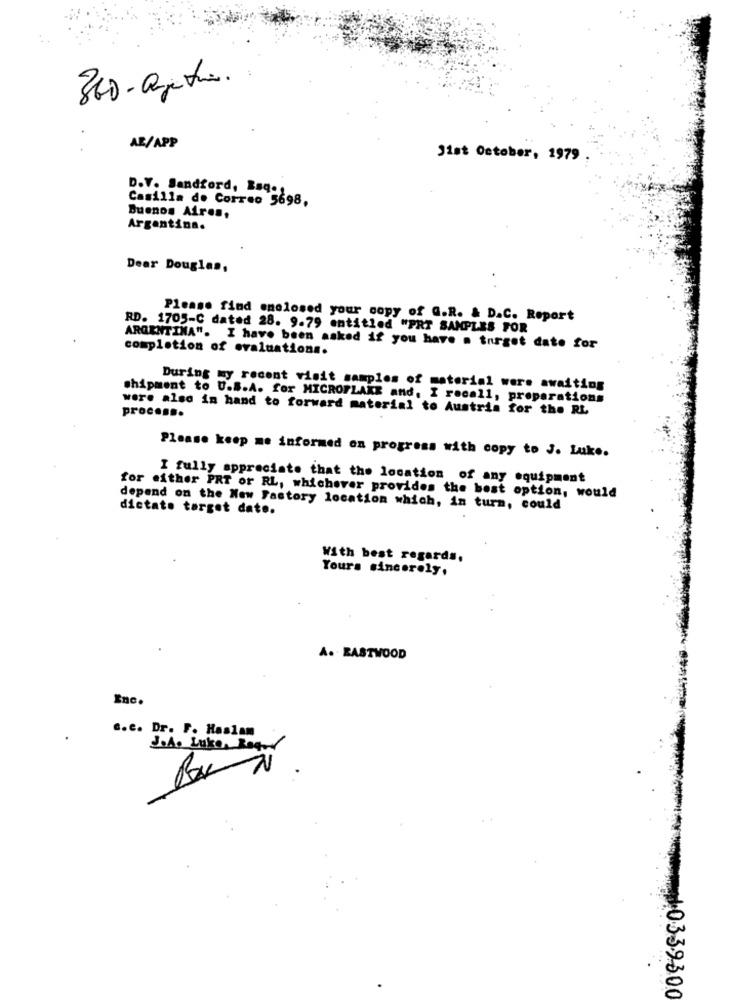
360- apetia.
AE/APP
Jist October, 1979
D.V. Sandford, Rsq.s
Casilla de Correo 5698,
Buenos Aires,
Argentina.
Dear Douglas,
Please find enclosed your copy of @.R. & D.C. Report
RD. 1705-C dated 28. 9.79 entitled "PRT SAMPLES FOR
ARGENTINA". I have been asked if you have . turgot date for
completion of evaluations.
During my recent visit samples of material were awaiting
shipment to U.S.A. for MICROFLAKE and, I recall, preparations
were also in hand to forward material to Austria for the RL
process.
Please keep me informed on progress with copy to J. Luke.
I fully appreciate that the location of any equipment
for either PRT or RL, whichever provides the best option, would
depend on the New Fastory location which, in turn, could
dictate torget date.
With best regards,
Yours sincerely,
A. EASTWOOD
Inc.
.. e. Dr. F. Haslam
J.A. Luke, Req-4
wed,0339300